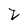
Character: t